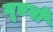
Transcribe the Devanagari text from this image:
नूएवो